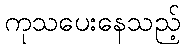
ကုသပေးနေသည့်